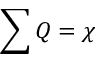
\sum Q = \chi